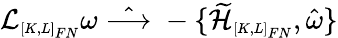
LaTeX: {\cal L}_{\scriptscriptstyle[K,L]_{FN}}\omega\; \hat{\longrightarrow}\; -\{ \widetilde{\cal H}_{\scriptscriptstyle[K,L]_{FN}},\hat{\omega}\}